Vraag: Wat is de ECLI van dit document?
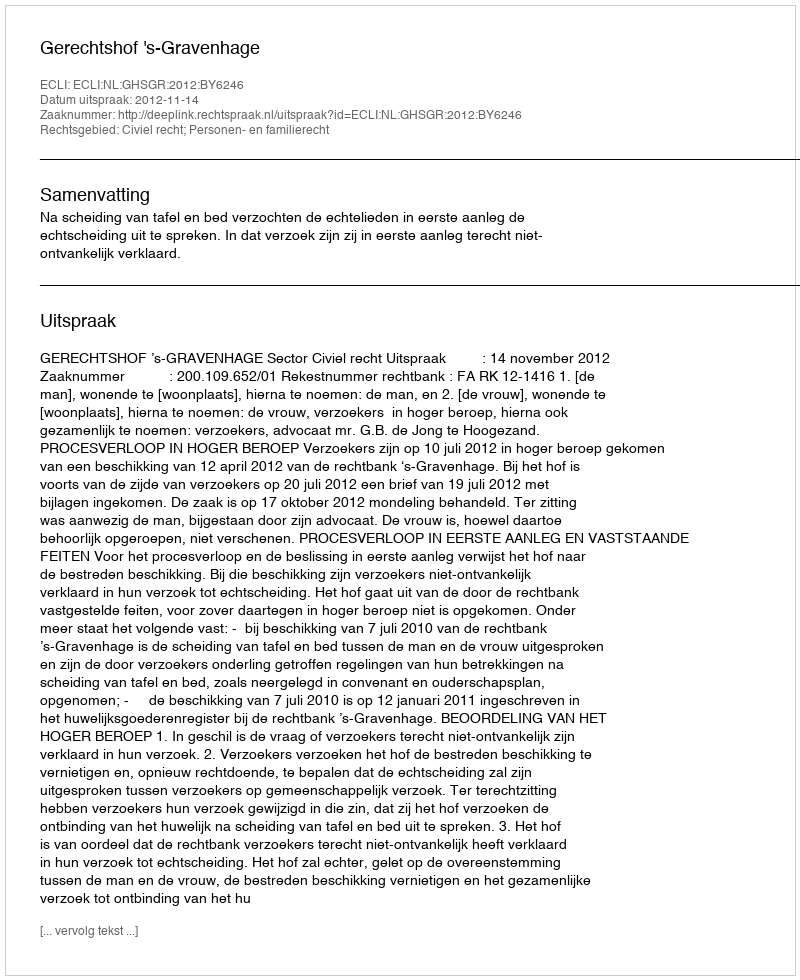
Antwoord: ECLI:NL:GHSGR:2012:BY6246